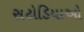
સટોડિયાઓ